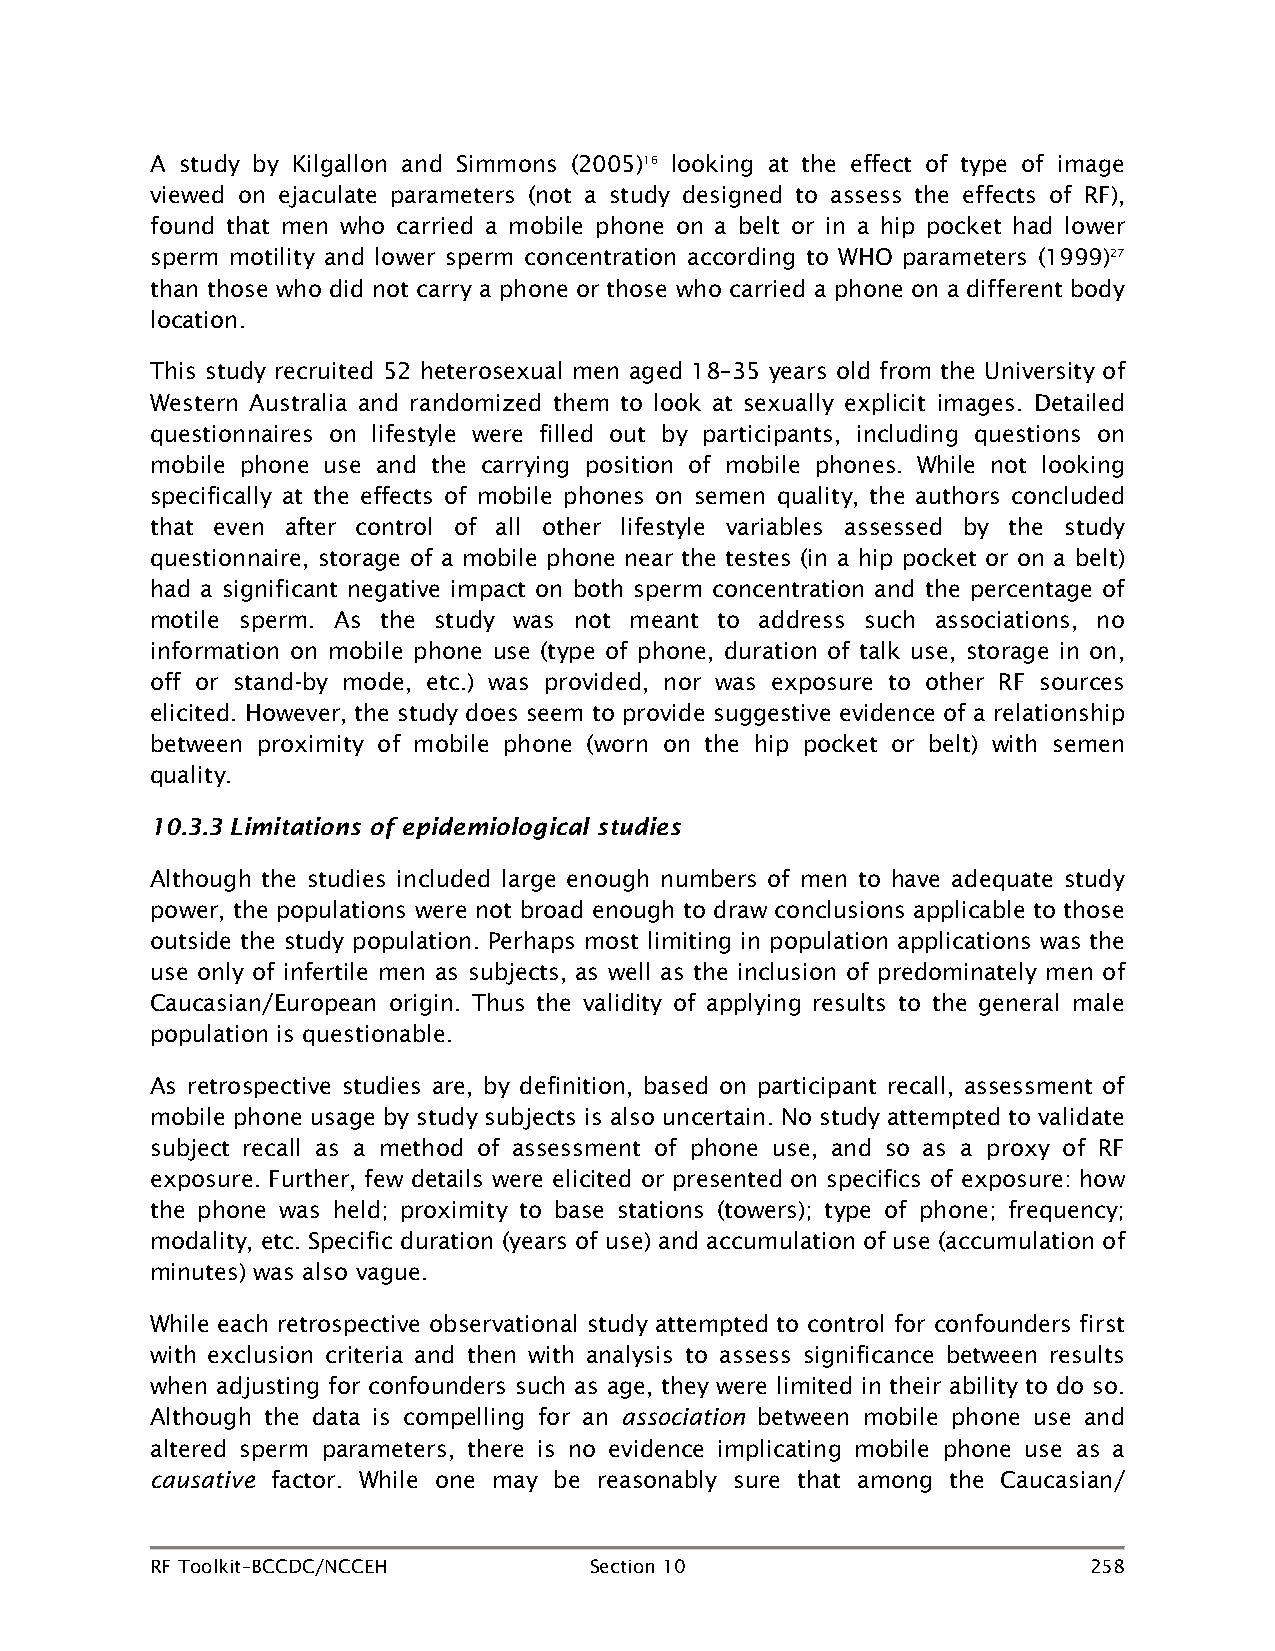
A study by Kilgallon and Simmons (2005)16 looking at the effect of type of image
 viewed on ejaculate parameters (not a study designed to assess the effects of RF),
 found that men who carried a mobile phone on a belt or in a hip pocket had lower
 sperm motility and lower sperm concentration according to WHO parameters (1999)27
 than those who did not carry a phone or those who carried a phone on a different body
 location.
 This study recruited 52 heterosexual men aged 18–35 years old from the University of
 Western Australia and randomized them to look at sexually explicit images. Detailed
 questionnaires on lifestyle were filled out by participants, including questions on
 mobile phone use and the carrying position of mobile phones. While not looking
 specifically at the effects of mobile phones on semen quality, the authors concluded
 that even after control of all other lifestyle variables assessed by the study
 questionnaire, storage of a mobile phone near the testes (in a hip pocket or on a belt)
 had a significant negative impact on both sperm concentration and the percentage of
 motile sperm. As the study was not meant to address such associations, no
 information on mobile phone use (type of phone, duration of talk use, storage in on,
 off or stand-by mode, etc.) was provided, nor was exposure to other RF sources
 elicited. However, the study does seem to provide suggestive evidence of a relationship
 between proximity of mobile phone (worn on the hip pocket or belt) with semen
 quality.
 10.3.3 Limitations of epidemiological studies
 Although the studies included large enough numbers of men to have adequate study
 power, the populations were not broad enough to draw conclusions applicable to those
 outside the study population. Perhaps most limiting in population applications was the
 use only of infertile men as subjects, as well as the inclusion of predominately men of
 Caucasian/European origin. Thus the validity of applying results to the general male
 population is questionable.
 As retrospective studies are, by definition, based on participant recall, assessment of
 mobile phone usage by study subjects is also uncertain. No study attempted to validate
 subject recall as a method of assessment of phone use, and so as a proxy of RF
 exposure. Further, few details were elicited or presented on specifics of exposure: how
 the phone was held; proximity to base stations (towers); type of phone; frequency;
 modality, etc. Specific duration (years of use) and accumulation of use (accumulation of
 minutes) was also vague.
 While each retrospective observational study attempted to control for confounders first
 with exclusion criteria and then with analysis to assess significance between results
 when adjusting for confounders such as age, they were limited in their ability to do so.
 Although the data is compelling for an association between mobile phone use and
 altered sperm parameters, there is no evidence implicating mobile phone use as a
 causative factor. While one may be reasonably sure that among the Caucasian/
 RF Toolkit–BCCDC/NCCEH       Section 10                       258